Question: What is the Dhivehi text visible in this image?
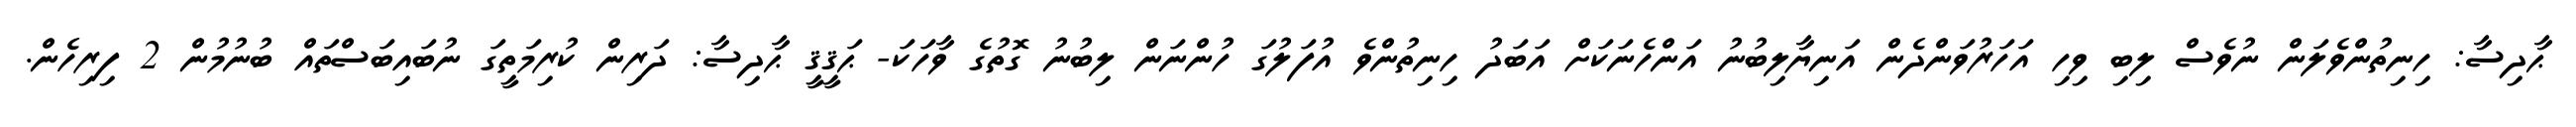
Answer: ޙާދިސާ: ހިނިތުންވެލަން ނުވެސް ލިބި ވިހި އަހަރުވަންދެން އަނިޔާލިބުނު އަންހެނަކަށް އަބަދު ހިނިތުންވެ އުފަލުގަ ހުންނަން ލިބުނު ގޮތުގެ ވާހަކަ- ޙަޤީޤީ ޙާދިސާ: ދަރިން ކުރިމަތީގަ ނުބައިބަސްތައް ބުނުމުން 2 ފިރިހެން.